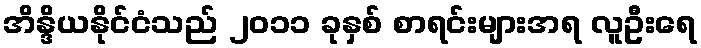
အိန္ဒိယနိုင်ငံသည် ၂၀၁၁ ခုနှစ် စာရင်းများအရ လူဦးရေ